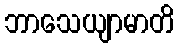
ဘာသေယျာမာတိ